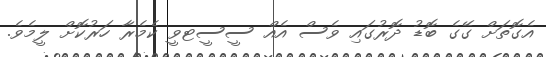
އެގޮތަށް ގޭގެ ބޮޑު ދޮރުގައި ވެސް އެއް ސީސީޓވީ ކެމެރާ ހަރުކޮށް ލީމެވެ.